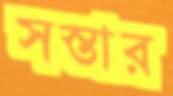
সস্তার